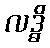
လဒ္ဓိ